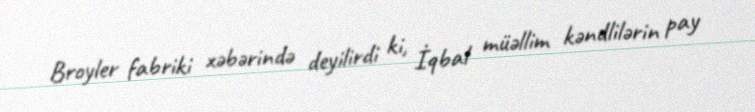
Broyler fabriki xəbərində deyilirdi ki, İqbal müəllim kəndlilərin pay